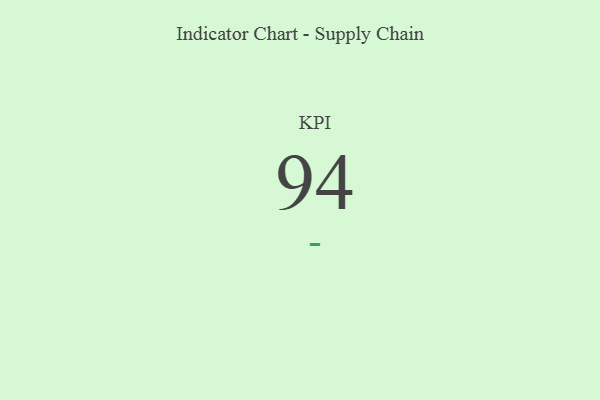
{"axis": {"x": "KPI", "y": "Value"}, "legend": [""], "data": [{"x": "KPI", "y": 94, "type": ""}]}